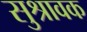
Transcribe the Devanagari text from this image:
सुश्रावक